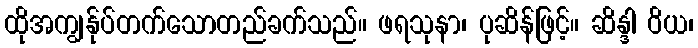
ထိုအကျွန်ုပ်တက်သောတည်ခက်သည်။ ဖရသုနာ၊ ပုဆိန်ဖြင့်။ ဆိန္ဒါ ဝိယ၊